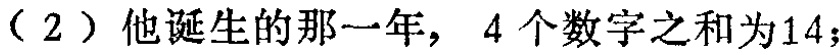
（2）他诞生的那一年，4 个数字之和为14；